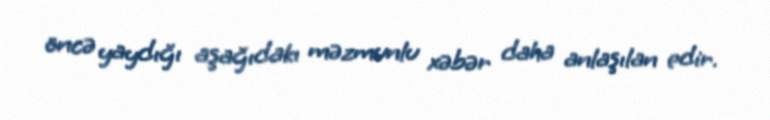
öncə yaydığı aşağıdakı məzmunlu xəbər daha anlaşılan edir.